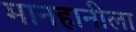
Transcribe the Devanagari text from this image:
मानहानीला